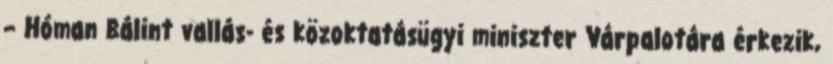
– Hóman Bálint vallás- és közoktatásügyi miniszter Várpalotára érkezik,